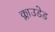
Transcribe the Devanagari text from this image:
क्लाउडेड